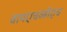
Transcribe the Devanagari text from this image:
वायएचव्हीएच